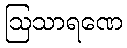
ဩသာရဏေ